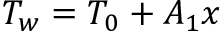
T _ { w } = T _ { 0 } + A _ { 1 } x